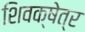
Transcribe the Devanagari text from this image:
शिवक्षेत्र